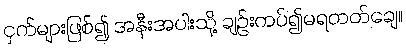
ငှက်များဖြစ်၍ အနီးအပါးသို့ ချဉ်းကပ်၍မရတတ်ချေ။